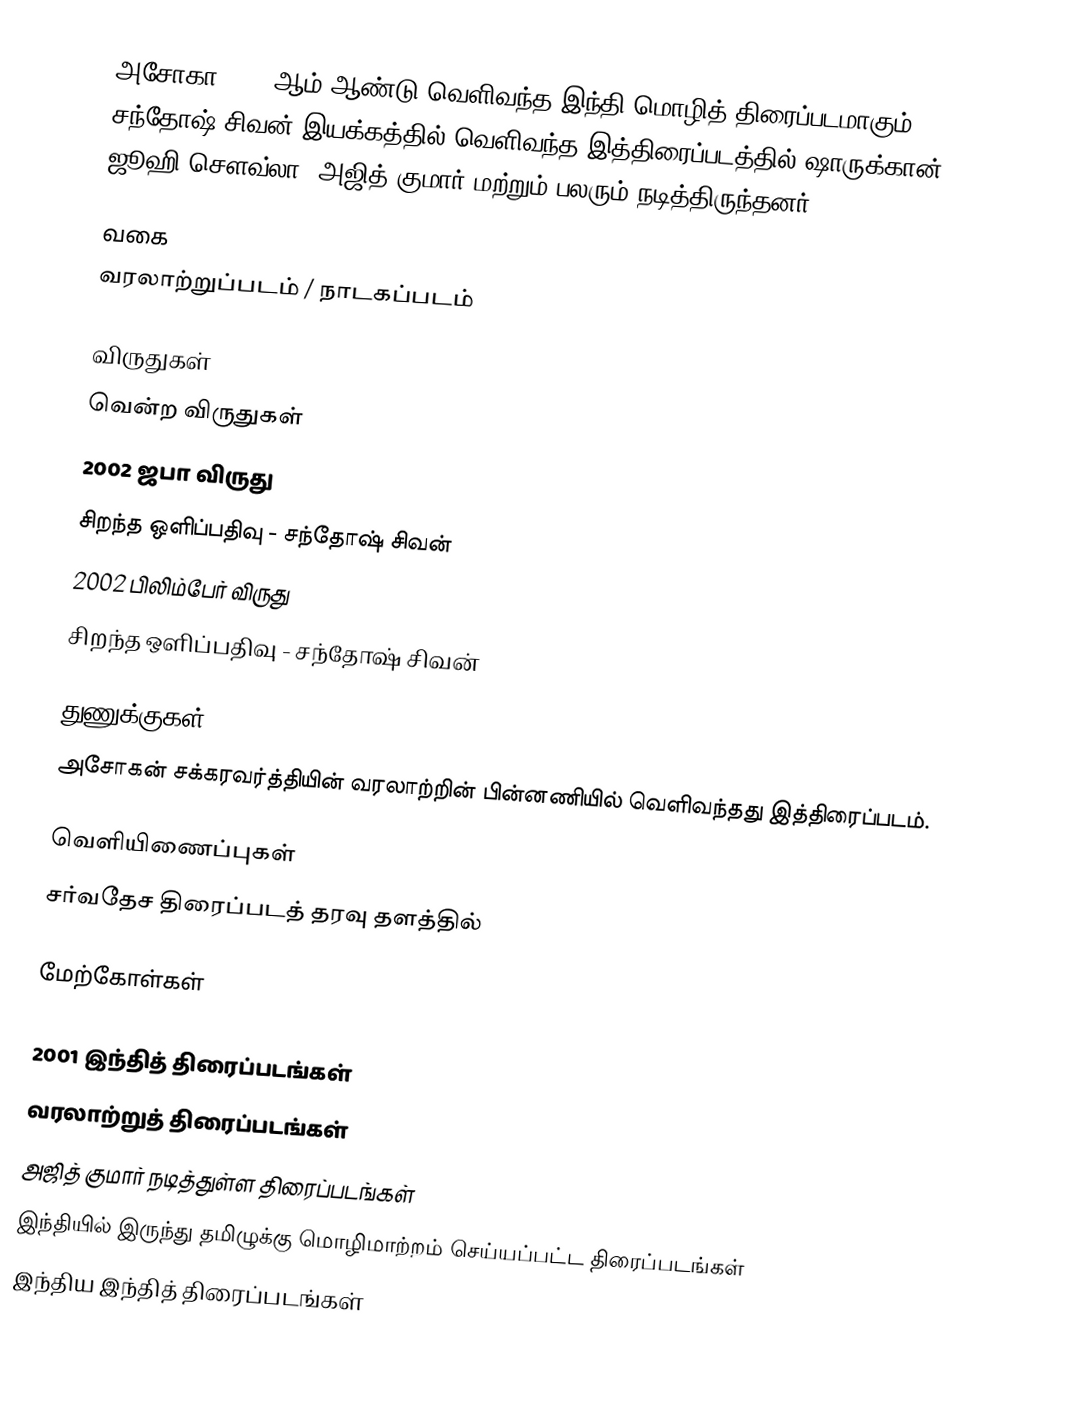
அசோகா 2001 ஆம் ஆண்டு வெளிவந்த இந்தி மொழித் திரைப்படமாகும். சந்தோஷ் சிவன் இயக்கத்தில் வெளிவந்த இத்திரைப்படத்தில் ஷாருக்கான், ஜூஹி சௌவ்லா, அஜித் குமார் மற்றும் பலரும் நடித்திருந்தனர்.

வகை
வரலாற்றுப்படம் / நாடகப்படம்

விருதுகள்
 வென்ற விருதுகள்
 2002 ஜபா விருது
 சிறந்த ஒளிப்பதிவு - சந்தோஷ் சிவன்
 2002 பிலிம்பேர் விருது
 சிறந்த ஒளிப்பதிவு - சந்தோஷ் சிவன்

துணுக்குகள்
 அசோகன் சக்கரவர்த்தியின் வரலாற்றின் பின்னணியில் வெளிவந்தது இத்திரைப்படம்.

வெளியிணைப்புகள்
 சர்வதேச திரைப்படத் தரவு தளத்தில்

மேற்கோள்கள்

2001 இந்தித் திரைப்படங்கள்
வரலாற்றுத் திரைப்படங்கள்
அஜித் குமார் நடித்துள்ள திரைப்படங்கள்
இந்தியில் இருந்து தமிழுக்கு மொழிமாற்றம் செய்யப்பட்ட திரைப்படங்கள்
இந்திய இந்தித் திரைப்படங்கள்